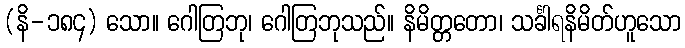
(နိ-၁၈၄) သော။ ဂေါတြဘု၊ ဂေါတြဘုသည်။ နိမိတ္တတော၊ သင်္ခါရနိမိတ်ဟူသော